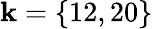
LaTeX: \mathbf{k}=\{ 12,20\}